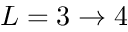
L = 3 \rightarrow 4